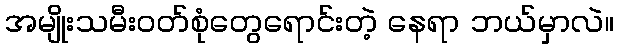
အမျိုးသမီးဝတ်စုံတွေရောင်းတဲ့ နေရာ ဘယ်မှာလဲ။